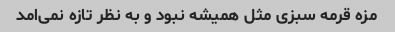
مزه قرمه سبزی مثل همیشه نبود و به نظر تازه نمی‌امد